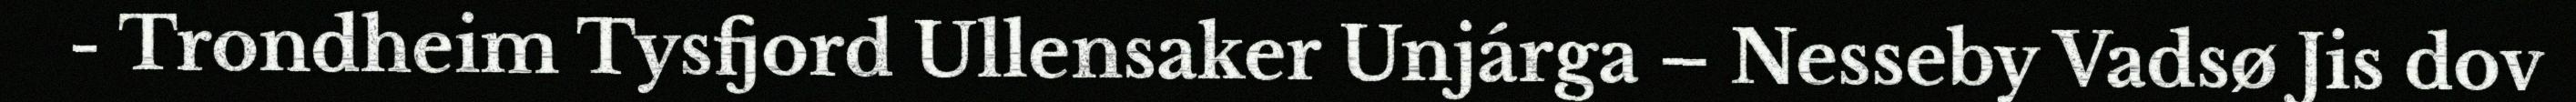
- Trondheim Tysfjord Ullensaker Unjárga – Nesseby Vadsø Jis dov